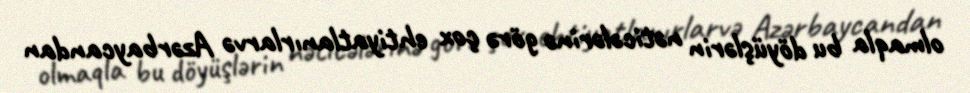
olmaqla bu döyüşlərin nəticələrinə görə çox ehtiyatlanırlarvə Azərbaycandan